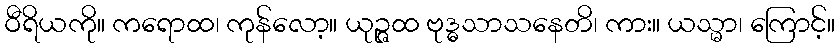
ဝီရိယကို။ ကရောထ၊ ကုန်လော့။ ယုဉ္ဇထ ဗုဒ္ဓသာသနေတိ၊ ကား။ ယသ္မာ၊ ကြောင့်။